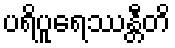
ပရိပူရေဿန္တီတိ